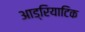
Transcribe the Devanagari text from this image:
आड्रियाटिक